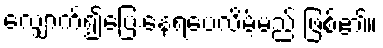
လျှောက်၍ပြေးနေရပေလိမ့်မည် ဖြစ်၏။